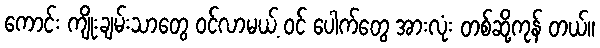
ကောင်း ကျိုးချမ်းသာတွေ ဝင်လာမယ့် ဝင် ပေါက်တွေ အားလုံး တစ်ဆို့ကုန် တယ်။